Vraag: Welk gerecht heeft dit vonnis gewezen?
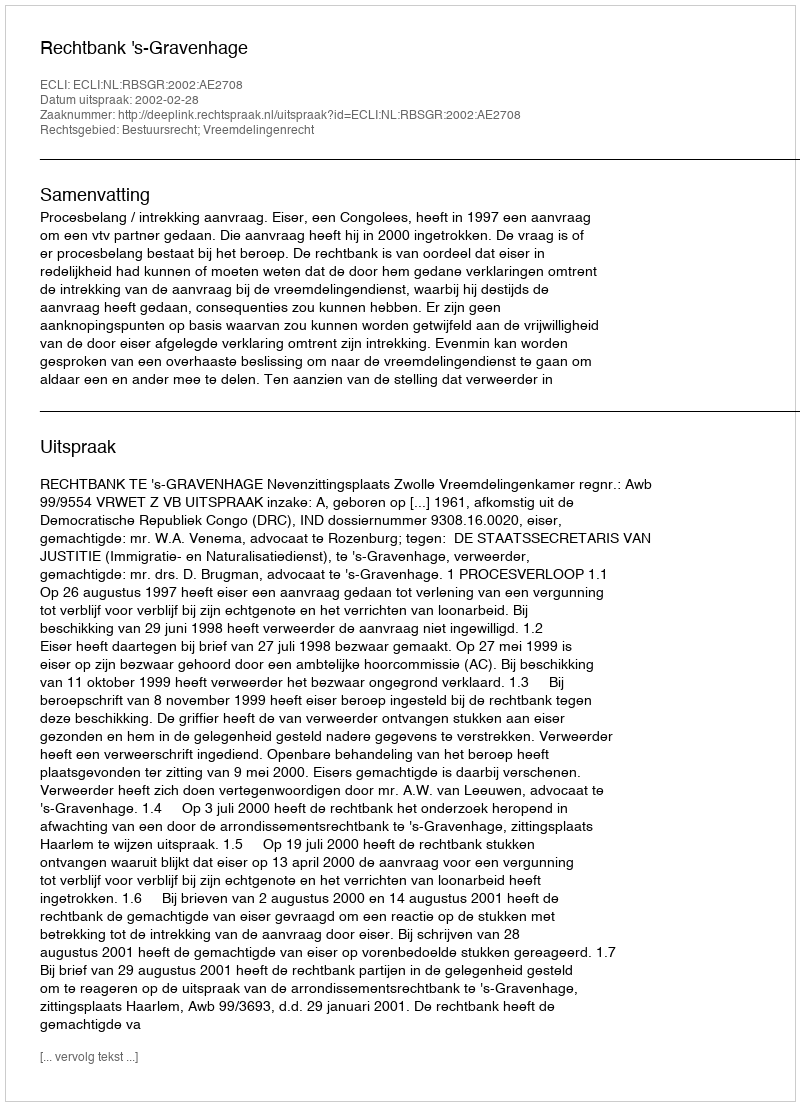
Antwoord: Rechtbank 's-Gravenhage